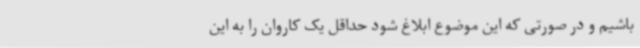
باشیم و در صورتی که این موضوع ابلاغ شود حداقل یک کاروان را به این